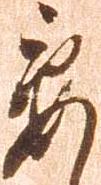
要